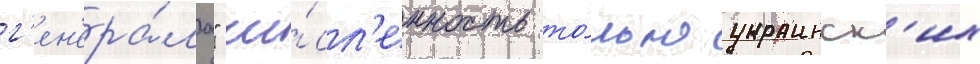
г'ен'ера́ла" чи́сл'енность то́лько украинск'их